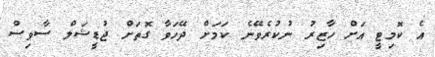
އެ ކޮމިޓީ އަށް ހާޒިރު ނުކުރެވޭނެ ކަމަށް ދޭހަވާ ގޮތަށް ޖުޑީޝަލް ސާވިސް